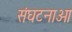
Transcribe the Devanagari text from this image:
संघटनाओ